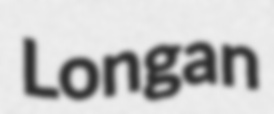
Longan